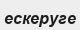
ескеруге